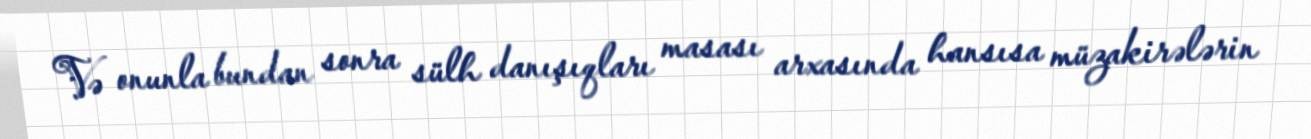
Və onunla bundan sonra sülh danışıqları masası arxasında hansısa müzakirələrin